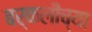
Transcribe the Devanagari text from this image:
बर्कलीच्या